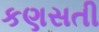
કણસતી